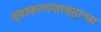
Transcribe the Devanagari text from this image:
व्याकरणशास्त्राचा